Lunatic asylums Central Provinces reports 1910-1926 - 1910-1926
Year: 1910
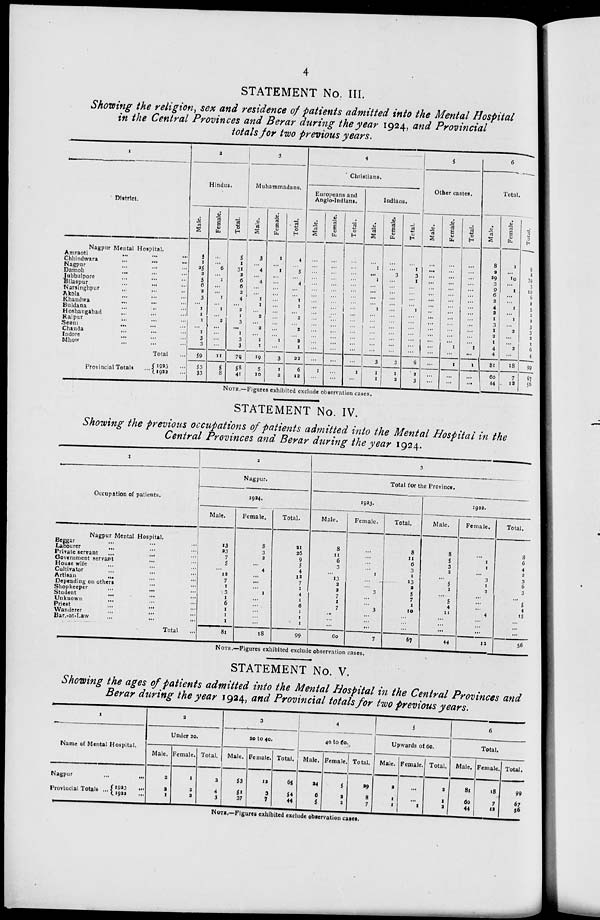
4
STATEMENT No. III.
Showing the religion, sex and residence of patients admitted into the Mental Hospital
in the Central Provinces and Berar during the year 1924, and Provincial
totals for two previous years.
1
District.
Nagpur Mental Hospital.
Amraoti
...
...
...
Chhindwara
...
...
...
Nagpur ... ... ...
Damoh ... ... ...
Jubbulpore ... ... ...
Bilaspur
... ... ...
Narsinghpur ... ... ...
Akola ... ... ...
Khandwa ... ... ...
Buldana ... ... ...
Hoshangabad ... ... ...
Raipur ... ... ...
Seoni
...
...
...
Chanda ... ... ...
Indore ... ... ...
Mhow ... ... ...
Total ...
Provincial Totals ...
1923 ...
1922 ...
2
Hindus.
Male.
5
1
25
2
5
6
2
3
...
1
1
1
...
1
3
3
59
53
33
Female.
...
...
6
...
1
...
...
1
...
1
...
2
...
...
...
...
11
5
8
Total.
5
1
31
2
6
6
2
4
...
2
1
3
...
1
3
3
70
58
41
3
Muhammadans.
Male.
3
...
4
...
4
...
...
1
1
...
2
...
2
...
1
1
19
5
10
Female.
1
...
1
...
...
...
...
...
...
...
...
...
...
...
1
...
3
1
2
Total.
4
...
5
...
4
...
...
1
1
...
2
...
2
...
2
1
22
6
12
4
Christians.
Europeans and
Anglo-Indians.
Male.
...
...
...
...
...
...
...
...
...
...
...
...
...
...
...
...
...
1
...
Female.
...
...
...
...
...
...
...
...
...
...
...
...
...
...
...
...
...
...
...
Total.
...
...
...
...
...
...
...
...
...
...
...
...
...
...
...
...
...
1
...
Indians.
Male.
...
1
...
1
...
...
...
...
1
...
...
...
...
...
...
...
3
1
1
Female.
...
...
3
...
...
...
...
...
...
...
...
...
...
...
...
...
3
1
2
Total.
...
1
3
1
...
...
...
...
1
...
...
...
...
...
...
...
6
2
3
5
Other castes.
Male.
...
...
...
...
...
...
...
...
...
...
...
...
...
...
...
...
...
...
...
Female.
...
...
...
...
...
...
...
...
...
...
...
...
...
...
1
...
1
...
...
Total.
...
...
...
...
...
...
...
...
...
...
...
...
...
...
1
...
1
...
...
6
Total.
Male.
8
2
29
3
9
6
2
4
2
1
3
1
2
1
4
4
81
60
44
Female.
1
...
10
...
1
...
...
1
...
1
...
2
...
...
2
...
18
7
12
Total.
9
2
39
3
10
6
2
5
2
2
3
3
2
1
6
4
99
67
56
NOTE.—Figures exhibited exclude observation cases.
STATEMENT No. IV.
Showing the previous occupations of patients admitted into the Mental Hospital in the
Central Provinces and Berar during the year 1924.
1
Occupation of patients.
Nagpur Mental Hospital.
Beggar ... ... ...
Labourer ... ... ...
Private servant ... ... ...
Government servant ... ...
House wife ... ... ...
Cultivator ... ... ...
Artisan ... ... ...
Depending on others ... ...
Shopkeeper ... ...
...
Student ... ... ...
Unknown ... ... ...
Priest ... ... ...
Wanderer ... ... ...
Barat-Law ... ... ...
Total ...
2
Nagpur.
1924.
Male.
13
23
7
5
...
12
7
1
3
1
6
1
1
1
81
Female.
8
3
2
...
4
...
...
...
1
...
...
...
...
...
18
Total.
21
26
9
5
4
12
7
1
4
1
6
1
1
1
99
3
Total for the Province.
1923.
Male.
8
11
6
3
...
13
2
2
7
1
7
...
...
...
60
Female.
...
...
...
...
1
...
...
3
...
...
3
...
...
...
7
Total.
8
11
6
3
1
13
2
5
7
1
10
...
...
...
67
1922.
Male.
8
5
3
2
...
5
1
...
5
4
11
...
...
...
44
Female.
...
1
1
...
3
1
2
...
... ...
4
...
...
...
12
Total.
8
6
4
2
3
6
3
...
5
4
15
...
...
...
56
NOTE.—Figures exhibited exclude observation cases.
STATEMENT No. V.
Showing the ages of patients admitted into the Mental Hospital in the Central Provinces and
Berar during the year 1924, and Provincial totals for two previous years.
1
Name of Mental Hospital.
Nagpur ... ...
Provincial Totals ... 1923 ...
1922 ...
2
Under 20.
Male.
2
2
1
Female.
1
2
2
Total.
3
4
3
3
30 to 40.
Male.
53
51
37
Female.
12
3
7
Total.
65
54
44
4
40 to 60.
Male.
24
6
5
Female.
5
2
2
Total.
29
8
7
5
Upwards of 60.
Male.
2
1
1
Female.
...
...
1
Total.
2
1
2
6
Total.
Male.
81
60
44
Female.
18
7
12
Total.
99
67
56
NOTE.—Figures exhibited exclude observation cases.